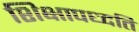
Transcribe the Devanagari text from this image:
शिक्षापध्दति